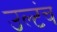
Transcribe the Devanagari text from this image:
उल्टंच